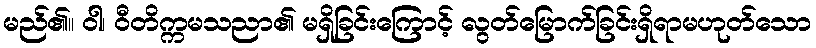
မည်၏။ ဝါ၊ ဝီတိက္ကမသညာ၏ မရှိခြင်းကြောင့် လွတ်မြောက်ခြင်းရှိရာမဟုတ်သော